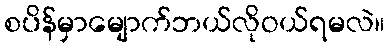
စပိန်မှာမျောက်ဘယ်လိုဝယ်ရမလဲ။